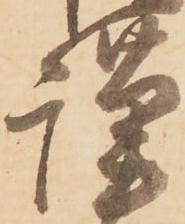
謹